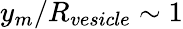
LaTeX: y_{m}/R_{vesicle}\sim 1